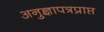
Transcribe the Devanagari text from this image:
अनुज्ञापत्रप्राप्त